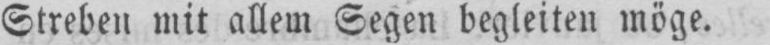
Streben mit allem Segen begleiten möge.